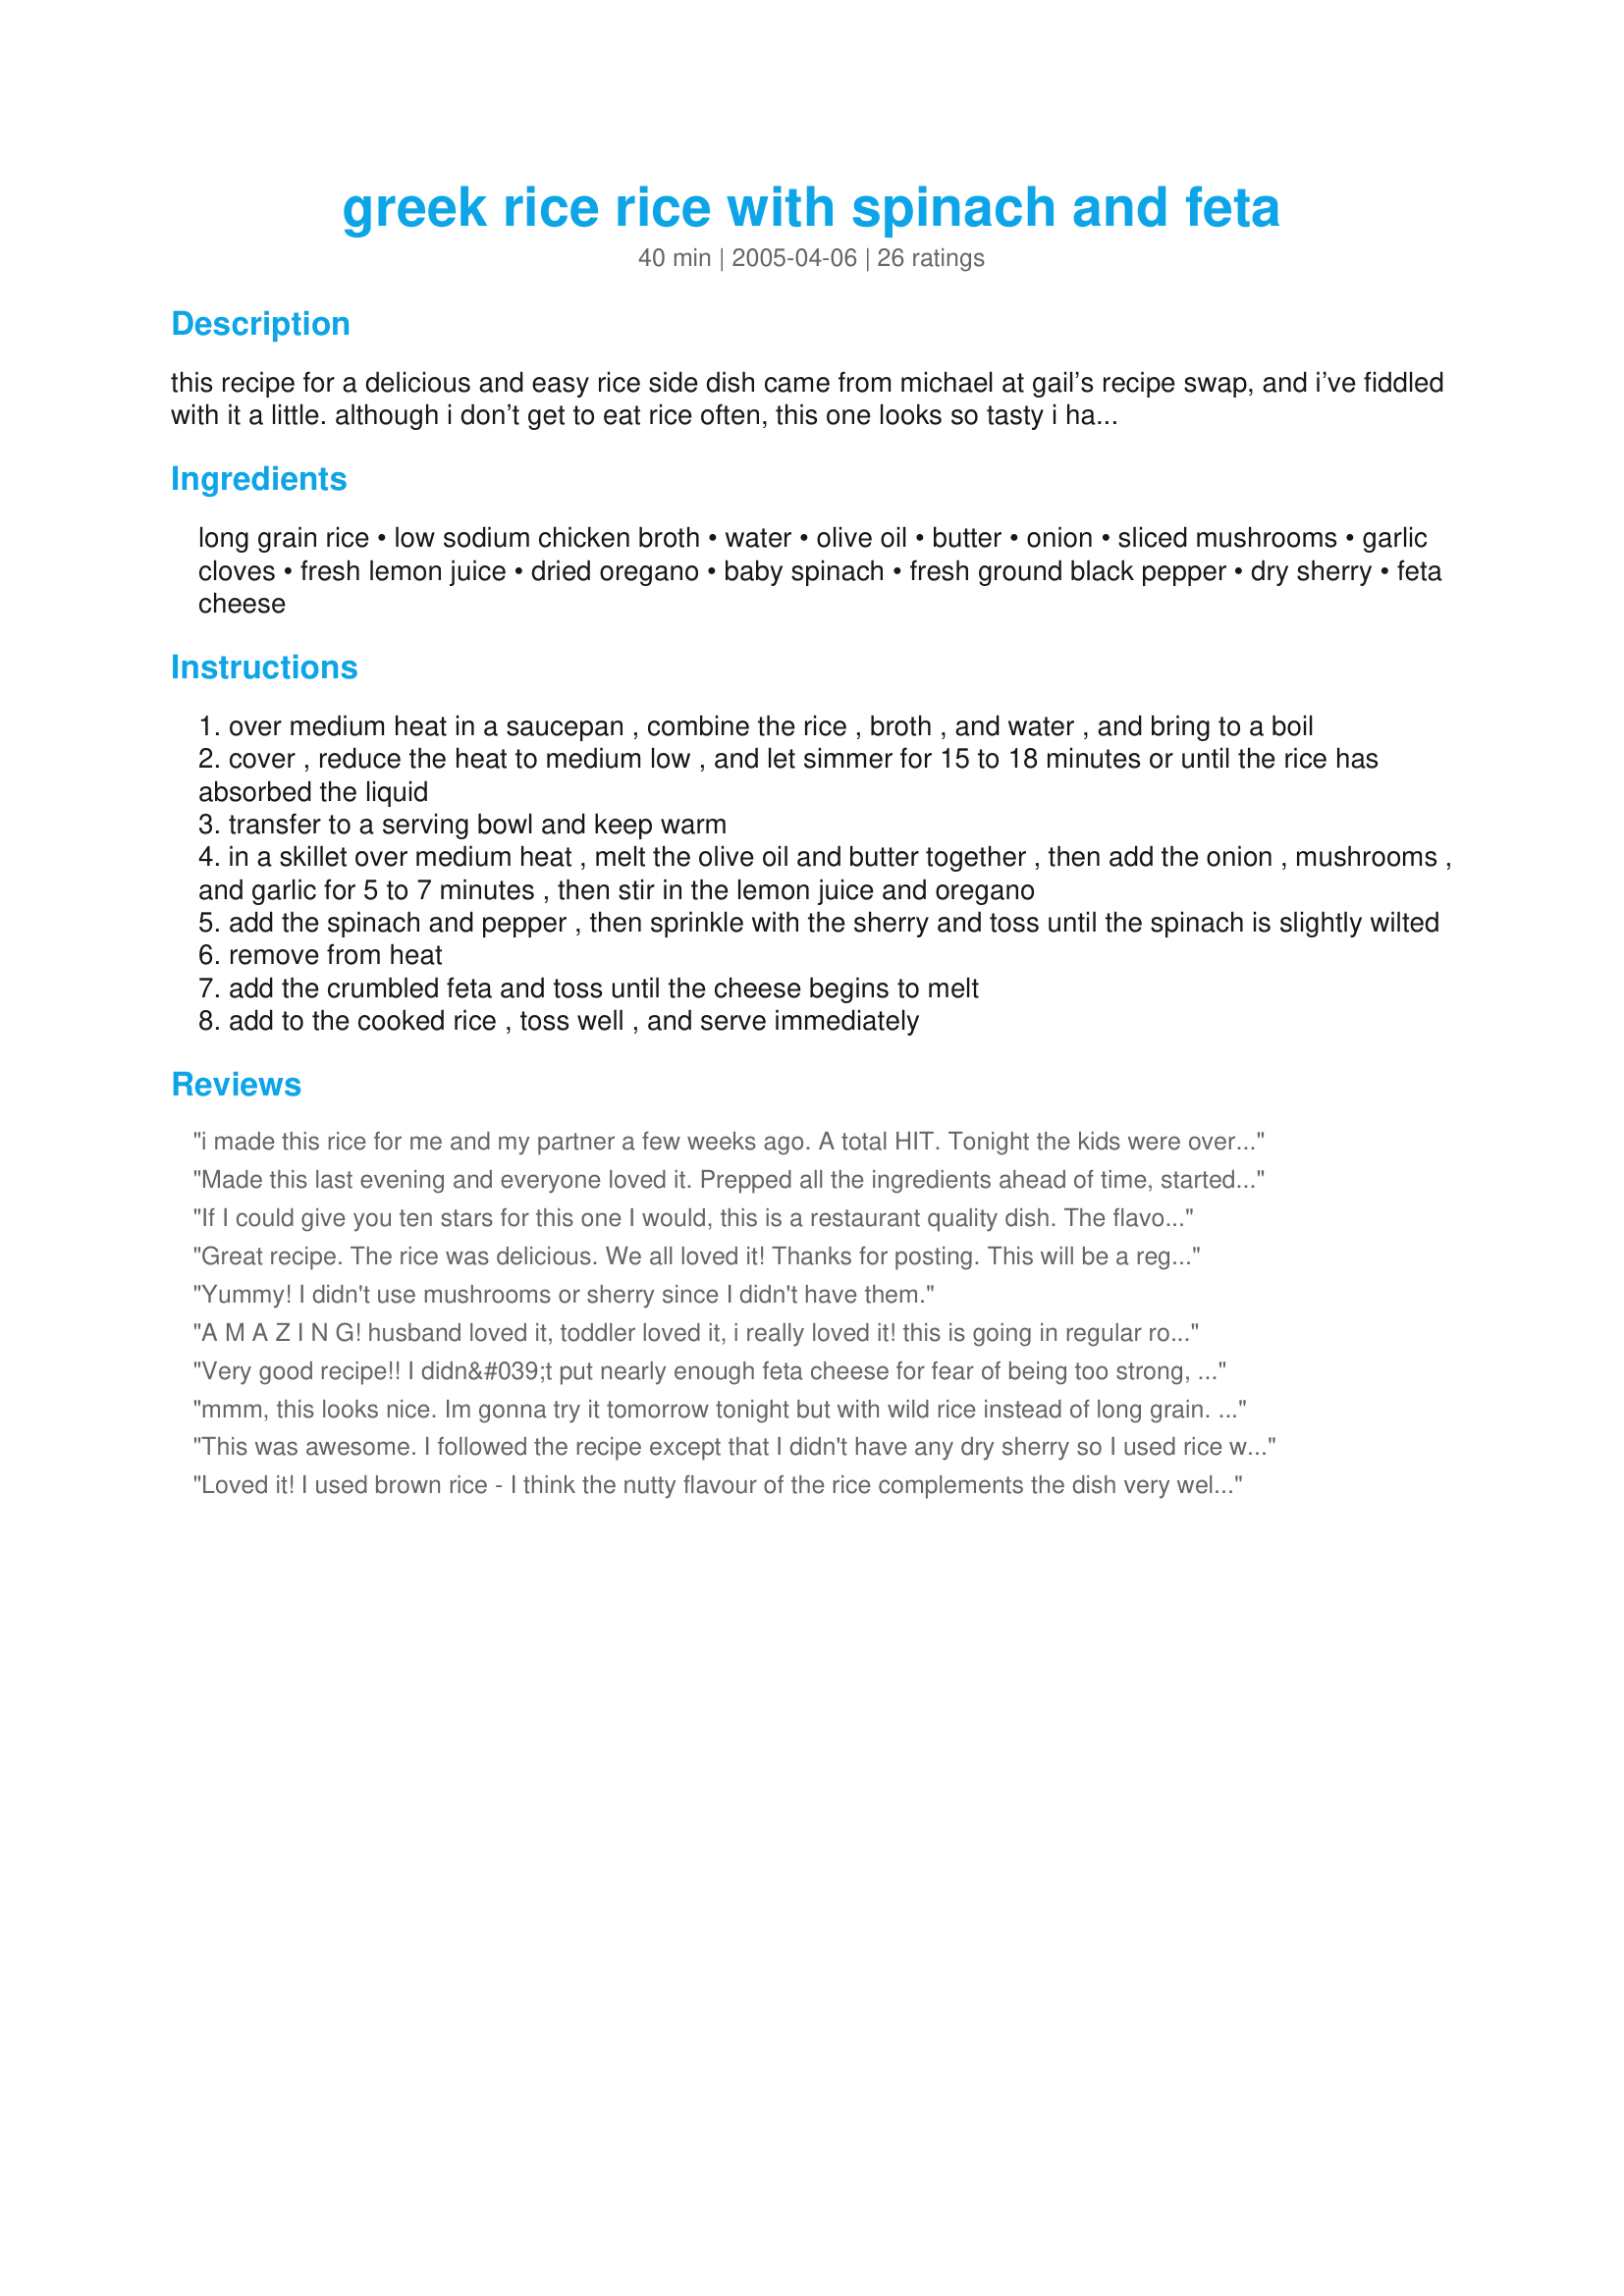
greek rice rice with spinach and feta
Preparation time: 40 minutes

this recipe for a delicious and easy rice side dish came from michael at gail’s recipe swap, and i’ve fiddled with it a little. although i don’t get to eat rice often, this one looks so tasty i have to put it here for safe keeping when i get to splurge! :)

Ingredients:
long grain rice, low sodium chicken broth, water, olive oil, butter, onion, sliced mushrooms, garlic cloves, fresh lemon juice, dried oregano, baby spinach, fresh ground black pepper, dry sherry, feta cheese

Steps:
over medium heat in a saucepan , combine the rice , broth , and water , and bring to a boil
cover , reduce the heat to medium low , and let simmer for 15 to 18 minutes or until the rice has absorbed the liquid
transfer to a serving bowl and keep warm
in a skillet over medium heat , melt the olive oil and butter together , then add the onion , mushrooms , and garlic for 5 to 7 minutes , then stir in the lemon juice and oregano
add the spinach and pepper , then sprinkle with the sherry and toss until the spinach is slightly wilted
remove from heat
add the crumbled feta and toss until the cheese begins to melt
add to the cooked rice , toss well , and serve immediately

Reviews:
i made this rice for me and my partner a few weeks ago. A total HIT. Tonight the kids were over for my B-Day - yeah, I even do the cooking for such an occasion! It was totally smurffed up - no leftovers, much to my chagrin.
Made this last evening and everyone loved it. Prepped all the ingredients ahead of time, started cooking it at the same time as I put the Alaska silver salmon in the oven to bake. 30 minutes later all was done and ready to eat. Since I didn't really have enough spinach, I added a cup or so of frozen peas to fill it out and will probably do that in the future. This one is a keeper, thanks.
If I could give you ten stars for this one I would, this is a restaurant quality dish. The flavors marry together so beautifully and the end result was similar to a rissoto in texture. Don't leave out the sherry, just that little bit brightens and enhances all of the other flavors. Thank you Julesong for sharing the recipe.
Great recipe. The rice was delicious. We all loved it! Thanks for posting. This will be a regular with our Greek night meals!
Yummy! I didn't use mushrooms or sherry since I didn't have them.
A M A Z I N G! husband loved it, toddler loved it, i really loved it! this is going in regular rotation! i added peas as well as spinach!
Very good recipe!! I didn&#039;t put nearly enough feta cheese for fear of being too strong, my mistake. You really must use the amount stated!! Made the rice with grilled lemon chicken and it was a match made in heaven!! Will make again for sure, and this time with the RIGHT amount of feta! Many many thanks!!!
mmm, this looks nice. Im gonna try it tomorrow tonight but with wild rice instead of long grain. (lower in carbs).
This was awesome. I followed the recipe except that I didn't have any dry sherry so I used rice wine. We loved it and it wasn't too salty from the feta; it was just the right amount of salt. I didn't have to add any and I usually DO. Thanks for posting!
Loved it! I used brown rice - I think the nutty flavour of the rice complements the dish very well. Also, I substituted 1.5 tbsp white vinegar for lemon juice (ran out) and a dash of lemon pepper seasoning. Definitely agree that it gets better with time. Thanks for sharing!
This was a little bland when first cooked, but the flavour definitely improved with a couple of days in the fridge.
Thank you Julesong!!! I just harvested spinach from our garden and went to my favorite recipe site (Food.com) and found this recipe. I didn&#039;t change a thing and it was absolutely fab!!! My very picky hubby even loved it. I agree with BonnieZ . This is a restaurant quality recipe. I plan to treat my family with this dish when they come to visit. It has everything to make a perfect dish. Tasty, pretty and easy!!! Thanks again for sharing.
This is the best rice we have ever had!!!It was so tasty,had it with leg of lamb&greek salad.Thanks,Linda.
Terrific rice receipe. With the feta cheese it comes out like a light risotto. I added greek seasoning at the end, which really tied in all the flavor. I agree with prior reviews dont skimp on the spinach- use the whole bag it skrinks.
This is a very hearty rice dish. Wonderful flavor. I thought that the cheese was overpowering when I first tried it. I would make sure the cheese is crumbled more finely next time. It actually tasted better the next day! All of the flavors had a chance to blend together. I would definitely make this again. Maybe even ahead of time to give the flavors a chance to blend together.
Great flavor and dh asked me to make again...always a good sign. I also added a little more lemon juice. Thanks for a keeper
A little labor intensive, but worth it. So glad to see that frozen spinach wasn't called for! This was almost a meal in itself! Would go wonderfully with Beef Souvlaki. Thnx for posting, Julesong!
This was the best rice I ever did. It was so tasty. I made it in the morning so that the flavor can blend together by dinner. Dont assume that 6 cups of spinach will be too much. I made that mistake and only put half. In the end, I had to put more when I realized that spinaches really shrink a lot!
I threw all these ingredients pluse 3/4 cup of water into my rice maker...and bum- DELISH!! I will be making this again.
Easy, quick & very tasty! I prepped everything in advance, popped the rice into the microwave, and it was ready at the same time as the skillet ingredients. The only change I made was to add a little salt, and to squeeze a bit more lemon over the finished rice. I used red onion, dried oregano & Danish fetta which is quite creamy, has a lovely mild flavour, and isn't overly salty. Will make again! Additional note: As mentioned by Chef #289121, this tastes great the next day. It also makes a hearty rice salad garlic-lovers should enjoy.
I was the only one in my house who liked this, but I knew that going in because of the ingredients. I loved it and am sad that I won't make it more often (only because I will have to eat it all myself).
Great dish, I thought it was delicious. Only thing I changed was to use brown rice, adjusted the broth accordingly. Love all the fresh flavours!
Adapted this for my new rice cooker. It was delicious. The feta cheese gave it a very special taste. Quick and easy. Great side dish.
great dish. All of the flavors were wonderful. I added fresh Italian Parsley right before serving.
Delicious and easy recipe. I did make some changes by adding some diced red bell peppers and mozerella cheese (did not have fetta on hand).Also I sauted the vegetables with the rice then added the stock and finished off cooking it in the oven. Next time I will try it with the fetta and maybe some chopped fresh tomato.
Delicious rice! We loved it and will have it often.
